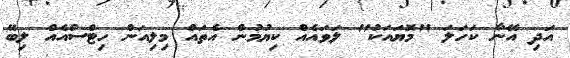
އަދި އޭނާ ކަހަލަ "މޮޔައަކު" ލަވައެއް ކިޔުމުން އެތައް މިލިއަން ހިޓްސްއެއް ލިބޭ